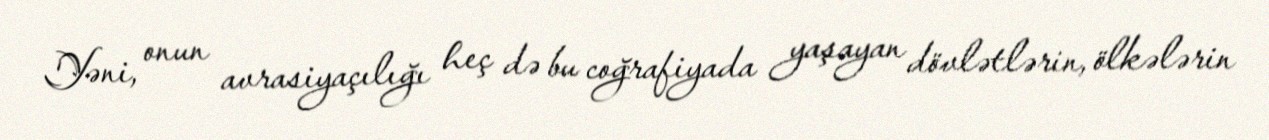
Yəni, onun avrasiyaçılığı heç də bu coğrafiyada yaşayan dövlətlərin, ölkələrin